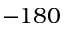
- 1 8 0